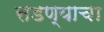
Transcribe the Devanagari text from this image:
सडण्याचा